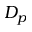
D _ { p }